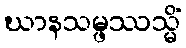
ဃာနသမ္ဖဿသ္မိံ